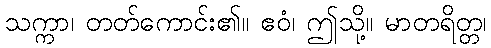
သက္ကာ၊ တတ်ကောင်း၏။ ဧဝံ၊ ဤသို့။ မာတရိတ္တ၊